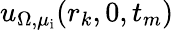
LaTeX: u_{\Omega,\mu_{\mathrm{i}}}(r_{k},0,t_{m})